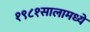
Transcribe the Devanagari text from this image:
१९८१सालामध्ये